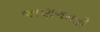
અણગમતી